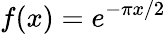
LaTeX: f(x)=e^{-\pi x/2}